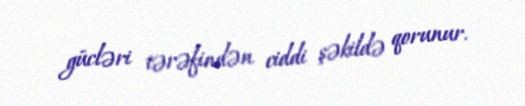
gücləri tərəfindən ciddi şəkildə qorunur.